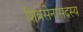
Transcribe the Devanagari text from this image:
शिवसेनासदस्य